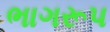
ભાગરૂપ